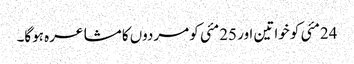
24مئی کو خواتین اور 25مئی کو مردوں کا مشاعرہ ہوگا۔